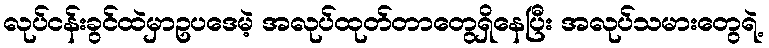
လုပ်ငန်းခွင်ထဲမှာဥပဒေမဲ့ အလုပ်ထုတ်တာတွေရှိနေပြီး အလုပ်သမားတွေရဲ့